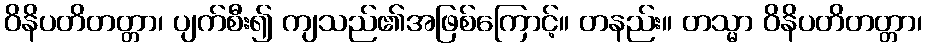
ဝိနိပတိတတ္တာ၊ ပျက်စီး၍ ကျသည်၏အဖြစ်ကြောင့်။ တနည်း။ တသ္မာ ဝိနိပတိတတ္တာ၊